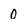
Character: O